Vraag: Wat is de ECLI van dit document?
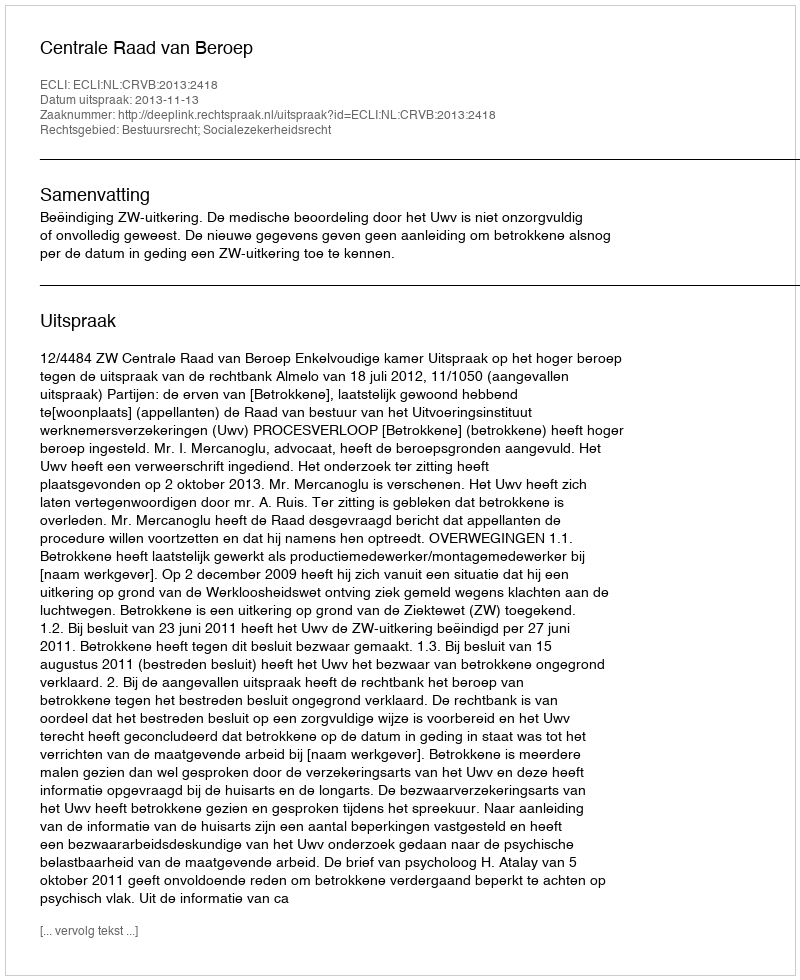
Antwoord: ECLI:NL:CRVB:2013:2418